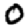
Digit: 0